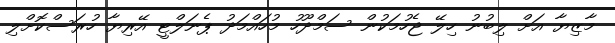
މާޒިޔާ އަށް ލިބުނު ހިލޭ ޖެހުމަކުން ސަމްދޫހު މުހައްމަދު ޕެނަލްޓީ އޭރިޔާ ހުރަސްކޮށްލި